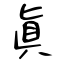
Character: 眞